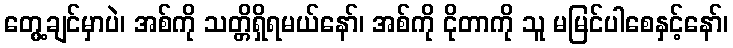
တွေ့ချင်မှာပဲ၊ အစ်ကို သတ္တိရှိရမယ်နော်၊ အစ်ကို ငိုတာကို သူ မမြင်ပါစေနှင့်နော်၊